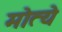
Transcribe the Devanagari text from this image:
मोत्ये